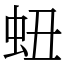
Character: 䖡